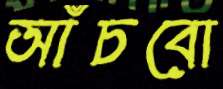
আঁচবো